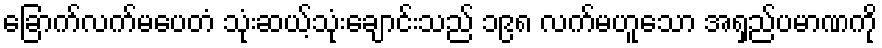
ခြောက်လက်မပေတံ သုံးဆယ့်သုံးချောင်းသည် ၁၉၈ လက်မဟူသော အရှည်ပမာဏကို